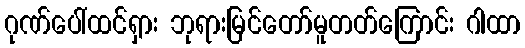
ဂုဏ်ပေါ်ထင်ရှား ဘုရားမြင်တော်မူတတ်ကြောင်း ဂါထာ